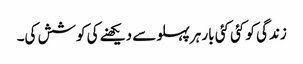
زندگی کو کئی کئی بار ہرپہلو سے دیکھنے کی کوشش کی۔